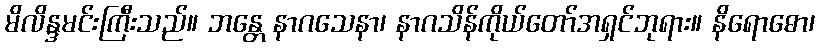
မိလိန္ဒမင်းကြီးသည်။ ဘန္တေ နာဂသေနာ၊ နာဂသိန်ကိုယ်တော်အရှင်ဘုရား။ နိရောဓော၊